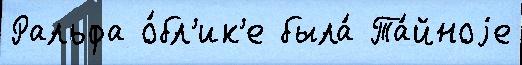
Ральфа о́бл'ик'е была́ Та́йноjе